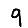
Digit: 9